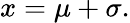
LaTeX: x=\mu+\sigma.